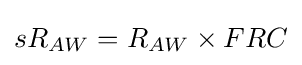
sR_{AW}={R_{AW}}\times {FRC}